Senior Leaving Certificate Examination (including Day School Certificate (Higher) General paper), 1950
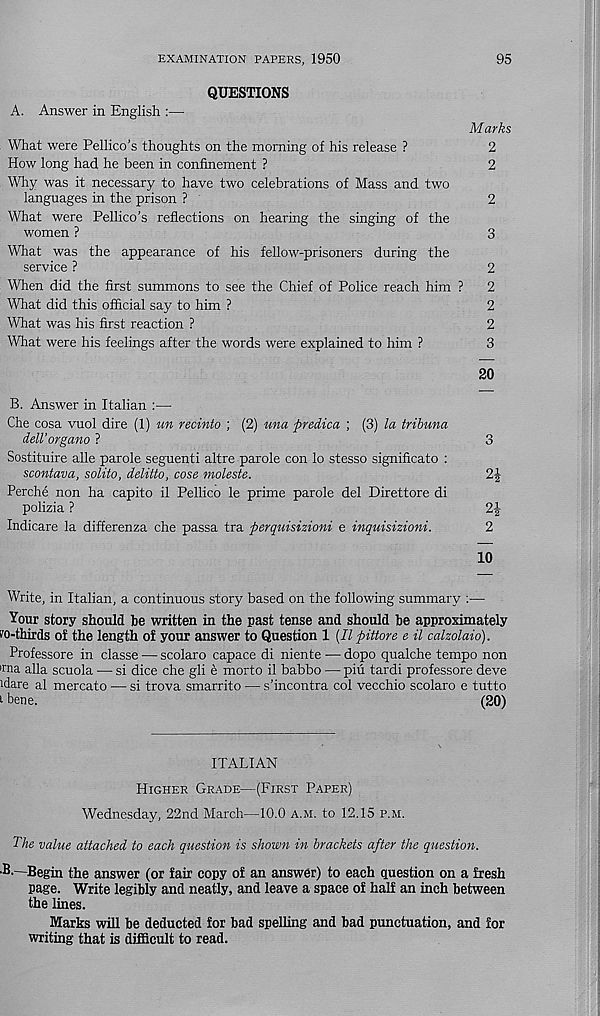
EXAMINATION PAPERS, 1950
95
QUESTIONS
A. Answer in English :—
Marks
What were Pellico’s thoughts on the morning of his release ?
2
How long had he been in confinement ?
2
Why was it necessary to have two celebrations of Mass and two
languages in the prison ?
2
What were Pellico’s reflections on hearing the singing of the
women ?
3
What was the appearance of his fellow-prisoners during the
service ?
2
When did the first summons to see the Chief of Police reach him ?
2
What did this official say to him ?
2
What was his first reaction ?
2
What were his feelings after the words were explained to him ?
3
20
B. Answer in Italian :—
Che cosa vuol dire (l) un recinto ; (2) una predica ; (3) la tribuna
dell’organo ?
3
Sostituire alle parole seguenti altre parole con lo stesso significato :
scontava, solito, delitto, cose moleste.
2|
Perche non ha capito il Pellico le prime parole del Direttore di
polizia ?
2f
Indicare la differenza che passa tra perquisizioni e inquisizioni.
2
10
Write, in Italian, a continuous story based on the following summary :—
Your story should he written in the past tense and should he approximately
ro-thirds of the length of your answer to Question 1 {II pittore e il calzolaio).
Professore in classe — scolaro capace di niente — dopo qualche tempo non
»rna alia scuola — si dice che gli e morto il babbo — piu tardi professore deve
Mare al mercato — si trova smarrito — s’incontra col vecchio scolaro e tutto
t bene.
(20)
ITALIAN
Higher Grade—(First Paper)
Wednesday, 22nd March—10.0 a.m. to 12.15 p.m.
The value attached to each question is shown in brackets after the question.
•B-—Begin the answer (or fair copy of an answer) to each question on a fresh
page. Write legibly and neatly, and leave a space of half an inch between
the lines.
Marks will he deducted for bad spelling and had punctuation, and for
writing that is difficult to read.